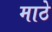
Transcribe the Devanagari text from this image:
माठे